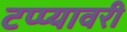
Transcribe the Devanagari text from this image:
टप्प्यावरी